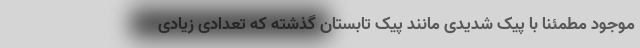
موجود مطمئنا با پیک شدیدی مانند پیک تابستان گذشته که تعدادی زیادی